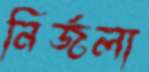
নির্জলা